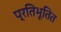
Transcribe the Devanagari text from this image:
प्रतिभूतित